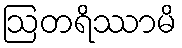
ဩတရိဿာမိ